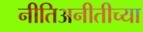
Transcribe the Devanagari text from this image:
नीतिअनीतीच्या